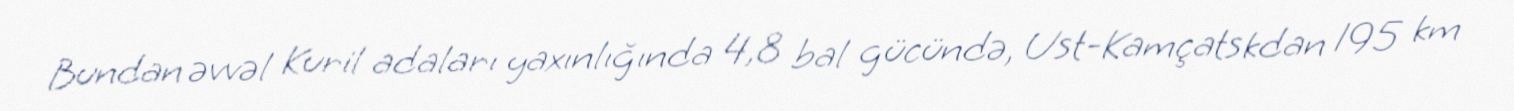
Bundan əvvəl Kuril adaları yaxınlığında 4,8 bal gücündə, Ust-Kamçatskdan 195 km